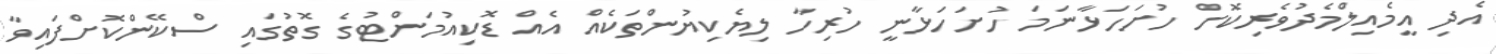
އެދި އީމެއިލްމެދުވެރިކޮށް ހުށަހަޅާނަމަ ހުށަހަޅާނީ ހުރިހާ ލިޔެކިޔުންތަކެއް އެއް ޑޮކިއުމަންޓުގެ ގޮތުގައި ސްކޭންކޮށްފައިވާ